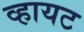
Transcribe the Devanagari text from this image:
व्हायट